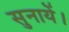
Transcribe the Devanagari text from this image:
सुनायें।